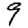
Digit: 9